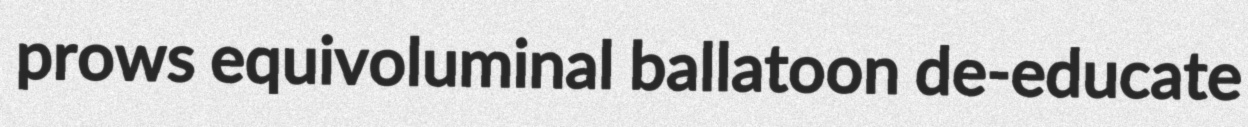
prows equivoluminal ballatoon de-educate